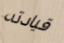
قيادته